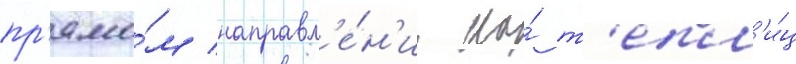
пр'ямо́м направл'е́н'ии на́ т'епл'и́ц